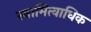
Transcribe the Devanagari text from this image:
स्वामित्वाधिक